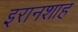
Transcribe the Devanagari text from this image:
इरानशाह